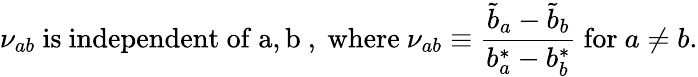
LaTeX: \nu_{ab}~{\mathrm{is~independent~of~a,b~,~where}}~\nu_{ab}\equiv{\frac{{\widetilde b}_{a}-{\widetilde b}_{b}}{b_{a}^{*}-b_{b}^{*}}}~{\mathrm{for}}~a\not=b.